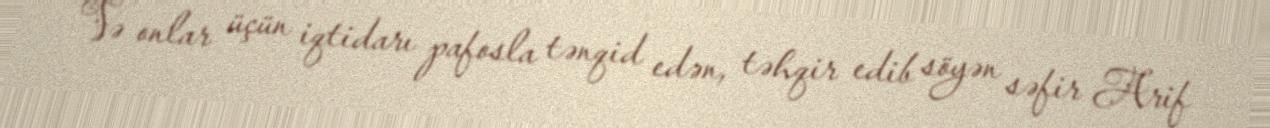
Və onlar üçün iqtidarı pafosla tənqid edən, təhqir edib söyən səfir Arif